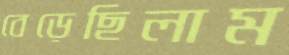
বেড়েছিলাম